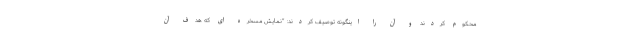
محکوم کردند و آن را اینگونه توصیف کردند: "نمایش مسخره ای که هدف آن